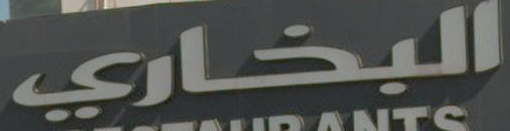
البخاري